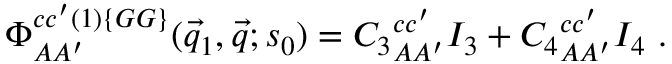
\Phi _ { A A ^ { \prime } } ^ { c c ^ { \prime } ( 1 ) \{ G G \} } ( \vec { q } _ { 1 } , \vec { q } ; s _ { 0 } ) = { C _ { 3 } } _ { A A ^ { \prime } } ^ { c c ^ { \prime } } I _ { 3 } + { C _ { 4 } } _ { A A ^ { \prime } } ^ { c c ^ { \prime } } I _ { 4 } ~ .